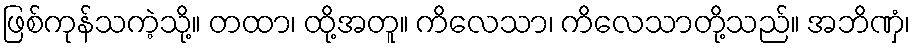
ဖြစ်ကုန်သကဲ့သို့။ တထာ၊ ထို့အတူ။ ကိလေသာ၊ ကိလေသာတို့သည်။ အဘိဏှံ၊